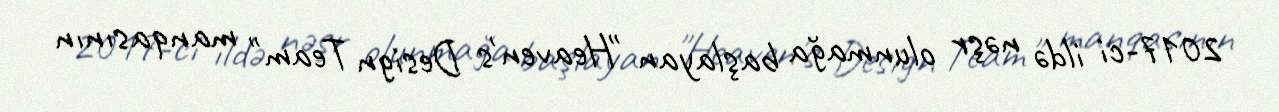
2017-ci ildə nəşr olunmağa başlayan "Heaven's Design Team" manqasının